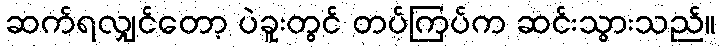
ဆက်ရလျှင်တော့ ပဲခူးတွင် တပ်ကြပ်က ဆင်းသွားသည်။